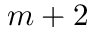
m + 2